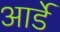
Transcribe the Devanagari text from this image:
आर्डे